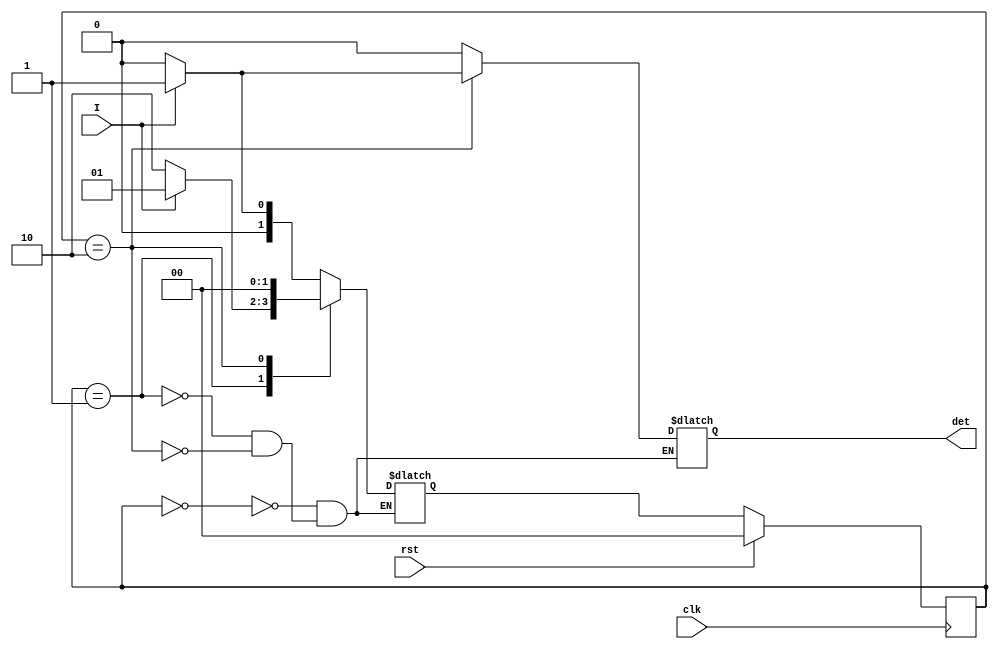
module Mealy_101(
  
  input clk,
  input rst,
  input I,
  output reg det 
  
);
  
  parameter S0 = 2'b00;
  parameter S1 = 2'b01;
  parameter S2 = 2'b10;
  
  reg [1:0]state;
  reg [1:0]next_state;
    
  always@(posedge clk)
    
    begin              
    	if(rst)
    	   state<=S0;
              
    	else
    	   state<=next_state;
    end
   
  always@(state,I)
    begin
      case(state)
        S0: if(I)
          	next_state<=S1;
            else
              	next_state<=S0;
        
        S1:  if(I)
          	next_state<=S1;
             else
              	next_state<=S2;
        
        S2:  next_state<=S0;
      endcase
    end
          
   always@(state,I)
    begin
      case(state)
        S0: det=0;
        
        S1: det=0;
        
        S2:  if(I)
          	det=1;
             else
             	det=0;
      endcase
    end
  
endmodule